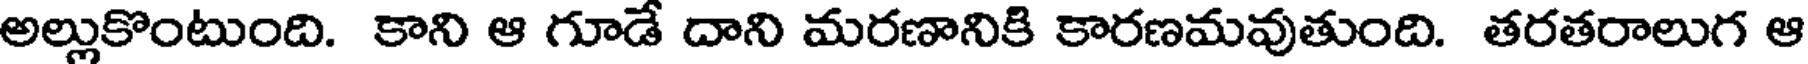
అల్లుకొంటుంది. కాని ఆ గూడే దాని మరణానికి కారణమవుతుంది. తరతరాలుగ ఆ